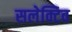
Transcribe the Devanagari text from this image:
सलेक्टिव